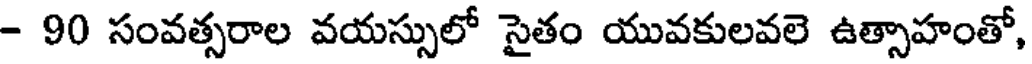
- 90 సంవత్సరాల వయస్సులో సైతం యువకులవలె ఉత్సాహంతో,